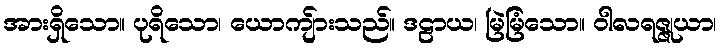
အားရှိသော။ ပုရိသော၊ ယောကျ်ားသည်။ ဒဠာယ၊ မြဲမြံသော။ ဝါလရဇ္ဇုယာ၊